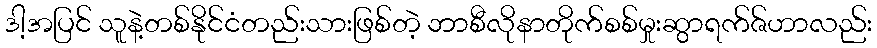
ဒါ့အပြင် သူနဲ့တစ်နိုင်ငံတည်းသားဖြစ်တဲ့ ဘာစီလိုနာတိုက်စစ်မှုးဆွာရက်ဇ်ဟာလည်း